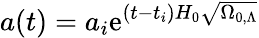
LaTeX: a(t)=a_{i}\mathrm{e}^{(t-t_{i})H_{0}{\sqrt{\Omega_{0,\Lambda}}}}